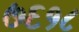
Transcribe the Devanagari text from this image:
७६१८